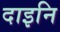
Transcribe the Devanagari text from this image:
दाइनि